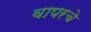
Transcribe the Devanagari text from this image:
वापरचे